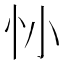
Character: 𢖹